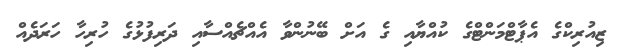
ޒިއުރިކްގެ އެޕާޓްމަންޓްގެ ކުއްޔާއި ގެ އަށް ބޭނުންވާ އެއްޗެއްސާއި ދަރިފުޅުގެ ހުރިހާ ހަރަދެއް